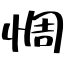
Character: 惆